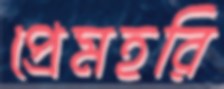
প্রেমহরি